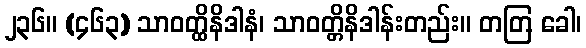
၂၃၆။ (၄၆၃) သာဝတ္ထိနိဒါနံ၊ သာဝတ္တိနိဒါန်းတည်း။ တတြ ခေါ၊